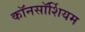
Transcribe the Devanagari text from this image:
कॉनसॉर्शियम